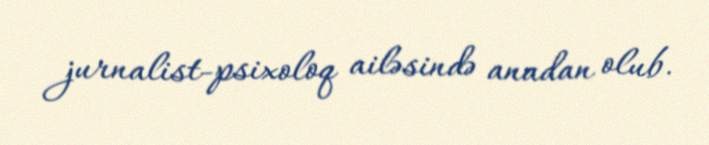
jurnalist-psixoloq ailəsində anadan olub.